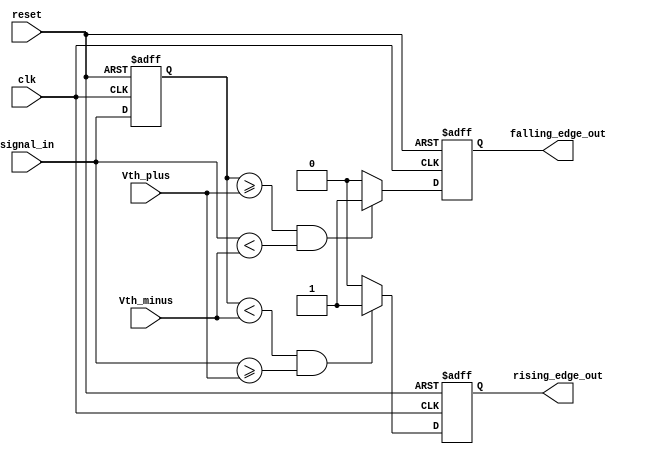
module SchmittTriggerEdgeDetector (
    input wire clk,            // Clock signal
    input wire reset,          // Asynchronous reset
    input wire signal_in,      // Input signal
    input wire Vth_plus,       // Upper threshold for hysteresis
    input wire Vth_minus,      // Lower threshold for hysteresis
    output reg rising_edge_out, // Rising edge output
    output reg falling_edge_out // Falling edge output
);

    // Internal register to store the previous state of the input signal
    reg signal_prev;

    // State assignment
    initial begin
        signal_prev = 0;
        rising_edge_out = 0;
        falling_edge_out = 0;
    end

    // Always block for edge detection
    always @(posedge clk or posedge reset) begin
        if (reset) begin
            signal_prev <= 0;
            rising_edge_out <= 0;
            falling_edge_out <= 0;
        end else begin
            // Check for rising edge condition
            if (signal_prev < Vth_minus && signal_in >= Vth_plus) begin
                rising_edge_out <= 1; // Rising edge detected
            end else begin
                rising_edge_out <= 0; // Clear rising edge output
            end
            
            // Check for falling edge condition
            if (signal_prev >= Vth_plus && signal_in < Vth_minus) begin
                falling_edge_out <= 1; // Falling edge detected
            end else begin
                falling_edge_out <= 0; // Clear falling edge output
            end
            
            // Memory element: Capture the current state
            signal_prev <= signal_in;
        end
    end
endmodule